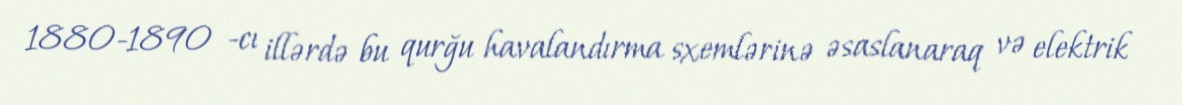
1880-1890 -cı illərdə bu qurğu havalandırma sxemlərinə əsaslanaraq və elektrik